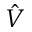
\hat { V }